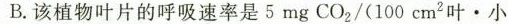
B.该职务叶片的呼吸速率是5mgCO_{2}/(100cm^{2}叶 · 小